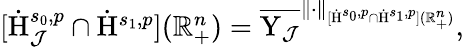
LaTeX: \begin{array}{r}{[\dot{\mathrm{H}}_{\mathcal{J}}^{s_{0},p}\cap{\dot{\mathrm{H}}^{s_{1},p}}](\mathbb{R}_{+}^{n})=\overline{{\mathrm{Y}_{\mathcal{J}}}}^{\lVert\cdot\rVert_{[\dot{\mathrm{H}}^{s_{0},p}\cap{\dot{\mathrm{H}}^{s_{1},p}}](\mathbb{R}_{+}^{n})}}\mathrm{,~}}\end{array}